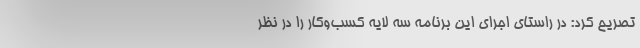
تصریح کرد: در راستای اجرای این برنامه سه لایه کسب‌وکار را در نظر